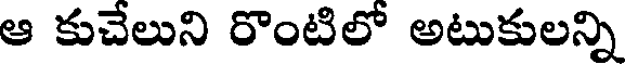
ఆ కుచేలుని రొంటిలో అటుకులన్ని